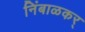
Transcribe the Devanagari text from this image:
निंबाळकर्